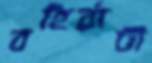
বহির্বাটী